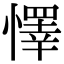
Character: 懌